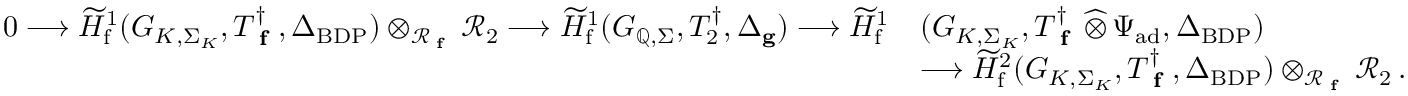
\begin{array} { r } { \begin{array} { r l } { 0 \longrightarrow \widetilde { H } _ { \mathrm { f } } ^ { 1 } ( G _ { K , \Sigma _ { K } } , T _ { \textup { \bf f } } ^ { \dagger } , \Delta _ { \mathrm { B D P } } ) \otimes _ { \mathcal { R } _ { \textup { \bf f } } } \mathcal { R } _ { 2 } \longrightarrow \widetilde { H } _ { \mathrm { f } } ^ { 1 } ( G _ { \mathbb { Q } , \Sigma } , T _ { 2 } ^ { \dagger } , \Delta _ { \mathbf { g } } ) \longrightarrow \widetilde { H } _ { \mathrm { f } } ^ { 1 } } & { ( G _ { K , \Sigma _ { K } } , T _ { \textup { \bf f } } ^ { \dagger } \, \widehat \otimes \, \Psi _ { \mathrm { a d } } , \Delta _ { \mathrm { B D P } } ) } \\ & { \longrightarrow \widetilde { H } _ { \mathrm { f } } ^ { 2 } ( G _ { K , \Sigma _ { K } } , T _ { \textup { \bf f } } ^ { \dagger } , \Delta _ { \mathrm { B D P } } ) \otimes _ { \mathcal { R } _ { \textup { \bf f } } } \mathcal { R } _ { 2 } \, . } \end{array} } \end{array}